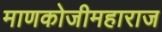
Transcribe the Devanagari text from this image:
माणकोजीमहाराज